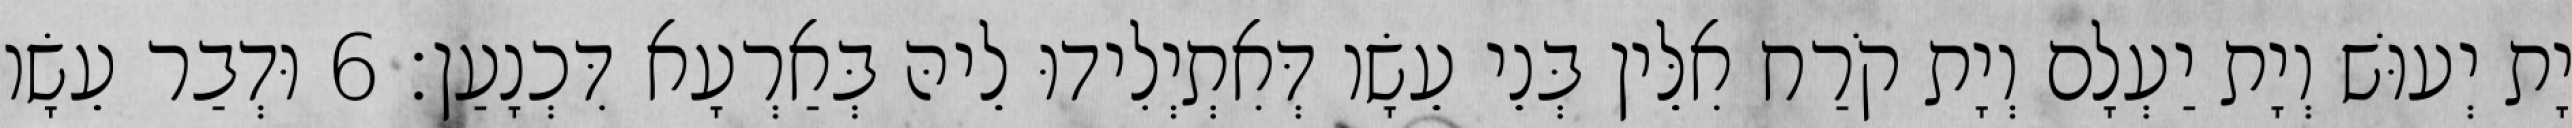
יָת יְעוּשׁ וְיָת יַעְלָם וְיָת קֹרַח אִלֵּין בְּנֵי עֵשָׂו דְּאִתְיְלִידוּ לֵיהּ בְּאַרְעָא דִּכְנָעַן׃ 6 וּדְבַר עֵשָׂו